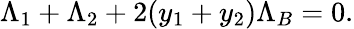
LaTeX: \Lambda_{1}+\Lambda_{2}+2(y_{1}+y_{2})\Lambda_{B}=0.